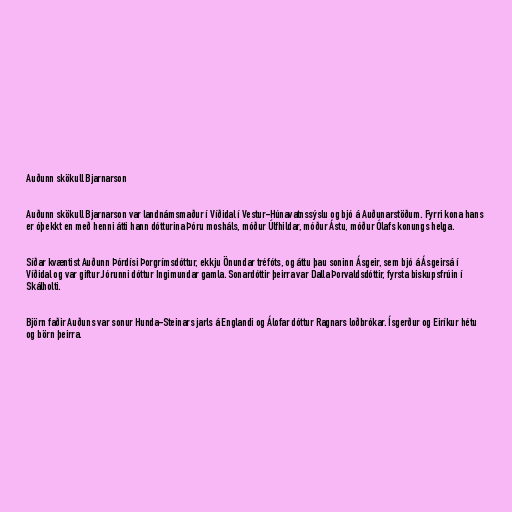
Auðunn skökull Bjarnarson

Auðunn skökull Bjarnarson var landnámsmaður í Víðidal í Vestur-Húnavatnssýslu og bjó á Auðunarstöðum. Fyrri kona hans
er óþekkt en með henni átti hann dótturina Þóru mosháls, móður Úlfhildar, móður Ástu, móður Ólafs konungs helga.

Síðar kvæntist Auðunn Þórdísi Þorgrímsdóttur, ekkju Önundar tréfóts, og áttu þau soninn Ásgeir, sem bjó á Ásgeirsá í
Víðidal og var giftur Jórunni dóttur Ingimundar gamla. Sonardóttir þeirra var Dalla Þorvaldsdóttir, fyrsta biskupsfrúin í
Skálholti.

Björn faðir Auðuns var sonur Hunda-Steinars jarls á Englandi og Álofar dóttur Ragnars loðbrókar. Ísgerður og Eiríkur hétu
og börn þeirra.